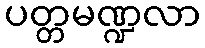
ပတ္တမဏ္ဍလာ